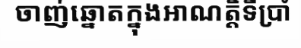
ចាញ់ឆ្នោតក្នុងអាណត្តិទីប្រាំ